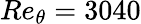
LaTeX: Re_{\theta}=3040